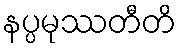
နပ္ပမုဿတီတိ